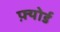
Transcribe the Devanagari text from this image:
फ़्योर्ड